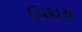
વિશસ